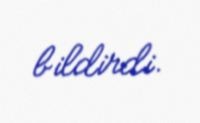
bildirdi.